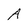
Character: A